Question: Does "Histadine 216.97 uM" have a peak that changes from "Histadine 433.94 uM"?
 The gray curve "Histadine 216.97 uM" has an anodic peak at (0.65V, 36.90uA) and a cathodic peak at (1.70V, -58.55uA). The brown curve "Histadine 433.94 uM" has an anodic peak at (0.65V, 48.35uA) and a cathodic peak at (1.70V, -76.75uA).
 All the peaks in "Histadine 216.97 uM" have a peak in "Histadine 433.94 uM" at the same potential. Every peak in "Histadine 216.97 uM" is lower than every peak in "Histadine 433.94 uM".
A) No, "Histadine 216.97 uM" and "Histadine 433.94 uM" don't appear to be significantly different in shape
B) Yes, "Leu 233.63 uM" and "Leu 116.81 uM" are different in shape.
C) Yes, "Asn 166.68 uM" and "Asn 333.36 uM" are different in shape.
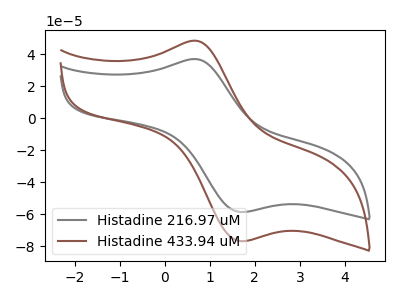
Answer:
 <answer>A) No, "Histadine 216.97 uM" and "Histadine 433.94 uM" don't appear to be significantly different in shape</answer>
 <eval>A</eval>